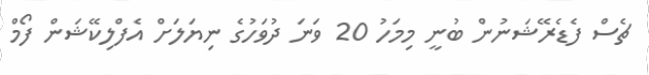
ޗެސް ފެޑެރޭޝަނުން ބުނީ މިމަހު 20 ވަނަ ދުވަހުގެ ނިޔަލަށް އެފްލިކޭޝަން ފޯމް